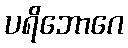
ပရိဘောဂေ